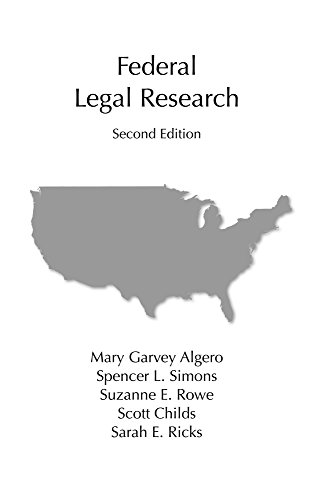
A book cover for Federal Legal Research, Second Edition; Mary Garvey Algero; Law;